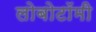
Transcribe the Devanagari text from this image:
लोबोटॉमी